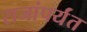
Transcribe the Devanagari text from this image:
राजांपर्यंत